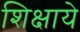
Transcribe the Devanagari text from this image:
शिक्षाये